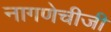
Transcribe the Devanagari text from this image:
नागणेचीजी